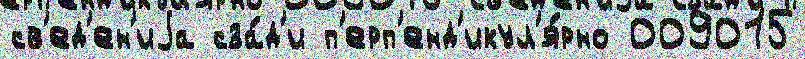
св'ед'ен'иjа сза́д'и п'ерп'енд'икул'я́рно 009015